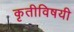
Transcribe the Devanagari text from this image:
कृतीविषयी